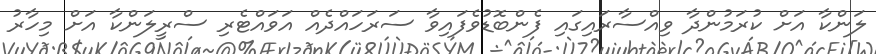
ލަންކާ އަށް ކުރަމުންދާ ވިއްސާރައިގައި ފެންބޮޑުވެފައިވާ ސަރަހައްދެއް އަަވައްޓެރި ސްރީލަންކާ އަށް މިހާރު